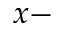
x -